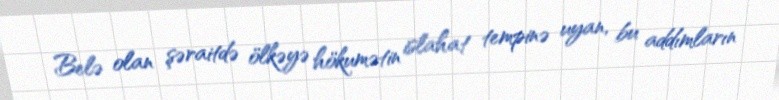
Belə olan şəraitdə ölkəyə hökumətin islahat tempinə uyan, bu addımların